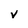
Character: V